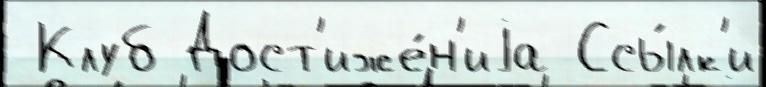
 Клуб Дост'иже́н'иjа Ссы́лк'и